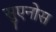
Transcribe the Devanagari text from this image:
सुएनोस